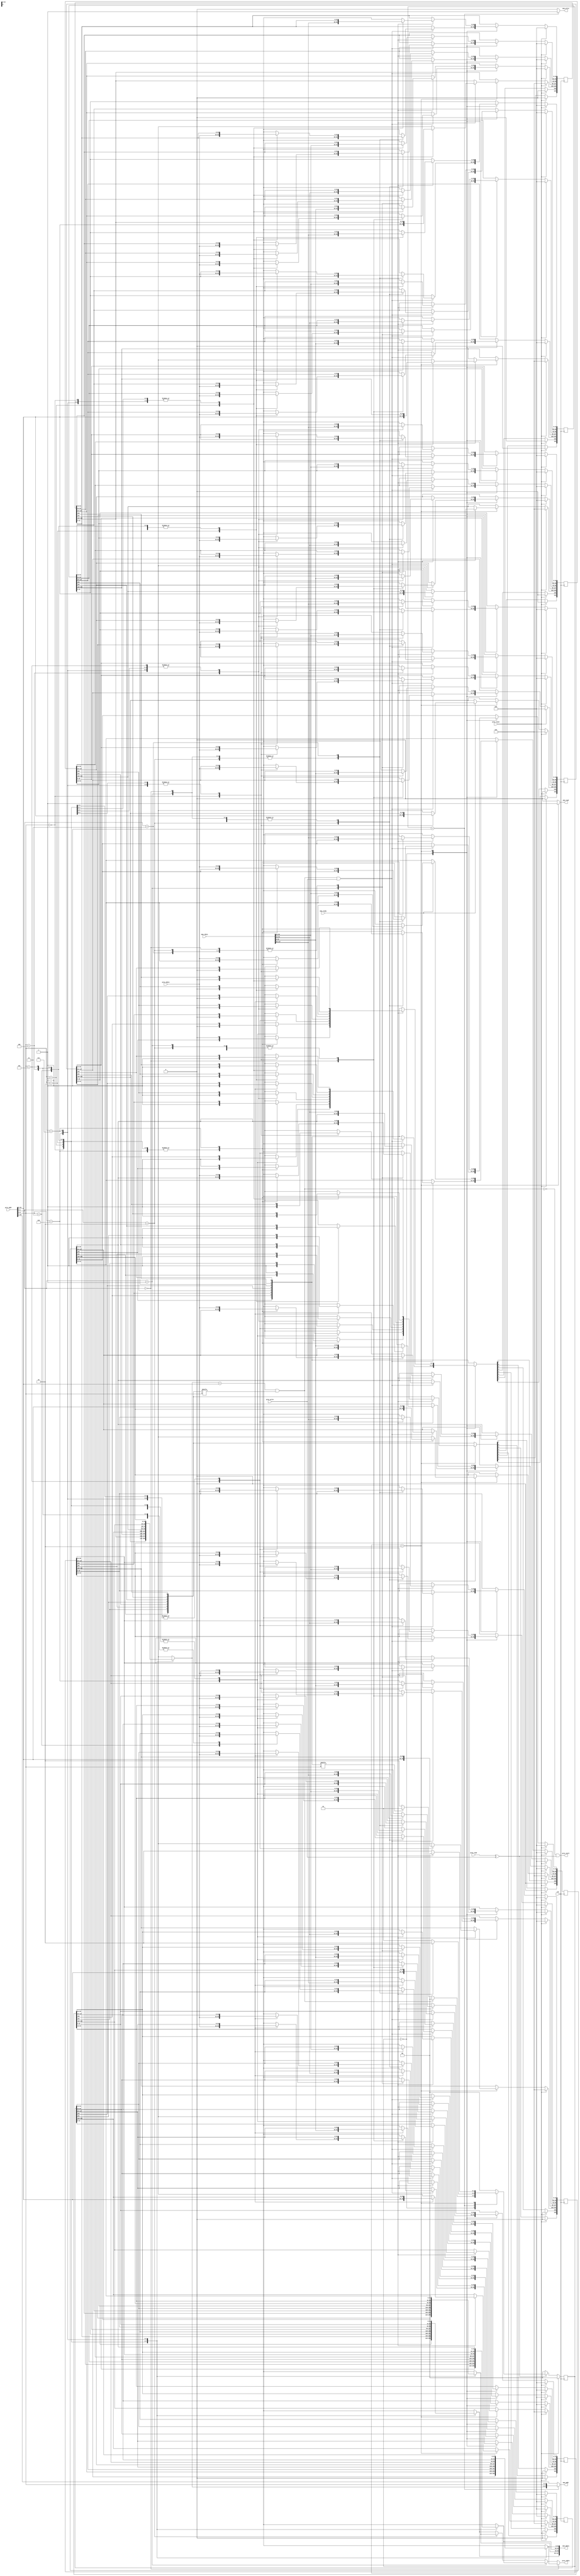
module cache(
    clk,
    proc_reset,
    proc_read,
    proc_write,
    proc_addr,
    proc_rdata,
    proc_wdata,
    proc_stall,
    mem_read,
    mem_write,
    mem_addr,
    mem_rdata,
    mem_wdata,
    mem_ready
);
    
//==== input/output definition ============================
    input          clk;
    // processor interface
    input          proc_reset;
    input          proc_read, proc_write;
    input   [29:0] proc_addr;
    input   [31:0] proc_wdata;
    output         proc_stall;
    output  [31:0] proc_rdata;
    // memory interface
    input  [127:0] mem_rdata;
    input          mem_ready;
    output         mem_read, mem_write;
    output  [27:0] mem_addr;
    output [127:0] mem_wdata;
    
//==== wire/reg definition ================================

    reg [1 + 1 + 25 + 4*32 - 1 : 0] cache_reg [0:7];  // valid, dirty, tag, data
    wire [7:0]  valid;
    wire [7:0]  dirty;

    wire        hit, enable, is_dirty;
    wire [24:0] tag;
    wire [2:0]  index;
    wire [1:0]  block_offset;

    reg  [7:0]  valid_nxt;
    reg  [7:0]  dirty_nxt;
    reg  [24:0] tag_reg   [0:7];
    reg  [24:0] tag_nxt   [0:7];
    reg  [31:0] data0     [0:7];
    reg  [31:0] data1     [0:7];
    reg  [31:0] data2     [0:7];
    reg  [31:0] data3     [0:7];
    reg  [31:0] data0_nxt [0:7];
    reg  [31:0] data1_nxt [0:7];
    reg  [31:0] data2_nxt [0:7];
    reg  [31:0] data3_nxt [0:7];

    reg  [1:0] state, state_nxt;
    reg        mem_read_reg, mem_write_reg;

    parameter CompareTag = 2'b0;
    parameter WriteBack  = 2'b1;
    parameter Allocate   = 2'b10;

    assign valid = {cache_reg[7][154], cache_reg[6][154], cache_reg[5][154], cache_reg[4][154], cache_reg[3][154], cache_reg[2][154], cache_reg[1][154], cache_reg[0][154]};
    assign dirty = {cache_reg[7][153], cache_reg[6][153], cache_reg[5][153], cache_reg[4][153], cache_reg[3][153], cache_reg[2][153], cache_reg[1][153], cache_reg[0][153]};
    
    integer i;
    always @(*) begin
        for (i = 0; i <= 7; i = i + 1) begin
            tag_reg[i] = cache_reg[i][152:128];
            data0  [i] = cache_reg[i][127:96];
            data1  [i] = cache_reg[i][95:64];
            data2  [i] = cache_reg[i][63:32];
            data3  [i] = cache_reg[i][31:0];
        end
    end
    

//==== combinational circuit ==============================
    assign enable = proc_read ^ proc_write;
    assign {tag, index, block_offset} = proc_addr;
    assign hit        = (tag_reg[index] == tag) && valid[index];
    assign is_dirty   = dirty[index];
    assign proc_rdata = (block_offset == 2'b0)?  data0[index] :
                        (block_offset == 2'b1)?  data1[index] :
                        (block_offset == 2'b10)? data2[index] : data3[index];
    assign proc_stall = !hit && enable;
    assign mem_read   = mem_read_reg;      //!hit && proc_read;
    assign mem_write  = mem_write_reg;     //!hit && proc_write;
    assign mem_addr   = (state == WriteBack) ? {tag_reg[index], index} : proc_addr[29:2];
    assign mem_wdata  = {data3[index], data2[index], data1[index], data0[index]};

    always @(*) begin
        for (i = 0; i <= 7; i = i + 1) begin
            valid_nxt[i] = valid  [i];
            dirty_nxt[i] = dirty  [i];
            tag_nxt  [i] = tag_reg[i];
            data0_nxt[i] = data0  [i];
            data1_nxt[i] = data1  [i];
            data2_nxt[i] = data2  [i];
            data3_nxt[i] = data3  [i];
        end
        mem_read_reg = 0;
        mem_write_reg = 0;
        case (state) 
            CompareTag: begin  // write hit
                if (hit && proc_write) begin
                    dirty_nxt[index] = 1;
                    case (block_offset)
                        2'b0:  data0_nxt[index] = proc_wdata;
                        2'b1:  data1_nxt[index] = proc_wdata;
                        2'b10: data2_nxt[index] = proc_wdata;
                        2'b11: data3_nxt[index] = proc_wdata;
                    endcase
                end
            end
            WriteBack: begin
                mem_write_reg = 1;
            end
            Allocate: begin
                mem_read_reg  = 1;
                if (mem_ready) begin
                    data0_nxt[index] = mem_rdata[31:0];
                    data1_nxt[index] = mem_rdata[63:32];
                    data2_nxt[index] = mem_rdata[95:64];
                    data3_nxt[index] = mem_rdata[127:96];
                    tag_nxt  [index] = tag;
                    valid_nxt[index] = 1;
                    dirty_nxt[index] = 0;
                end
            end
        endcase
    end




//==== sequential circuit =================================
    always @(posedge clk) begin
        if( proc_reset ) begin
            for (i = 0; i <= 7; i = i + 1) begin
                cache_reg[i] <= 155'b0;
            end
        end
        else begin
            for (i = 0; i <= 7; i = i + 1) begin
                cache_reg[i][154]     <= valid_nxt[i];
                cache_reg[i][153]     <= dirty_nxt[i];
                cache_reg[i][152:128] <= tag_nxt  [i];
                cache_reg[i][127:96]  <= data0_nxt[i];
                cache_reg[i][95:64]   <= data1_nxt[i];
                cache_reg[i][63:32]   <= data2_nxt[i];
                cache_reg[i][31:0]    <= data3_nxt[i];
            end
        end
    end

//----- FSM -----
    always @(*) begin
        state_nxt = CompareTag;
        if (enable) begin
            case(state)
                CompareTag: begin
                    if (hit) state_nxt = CompareTag;
                    else if (is_dirty) state_nxt = WriteBack;
                    else state_nxt = Allocate;
                end
                WriteBack: begin
                    if (mem_ready) state_nxt = Allocate;
                    else state_nxt = WriteBack;
                end
                Allocate: begin
                    if (mem_ready) state_nxt = CompareTag;
                    else state_nxt = Allocate;
                end
            endcase
        end
    end

    always @( posedge clk ) begin
        if (proc_reset) state <= CompareTag;
        else state <= state_nxt;        
    end

endmodule